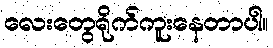
လေးတွေရိုက်ကူးနေတာပါ။